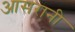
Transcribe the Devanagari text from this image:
आसरानी